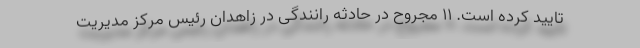
تایید کرده است. ۱۱ مجروح در حادثه رانندگی در زاهدان رئیس مرکز مدیریت